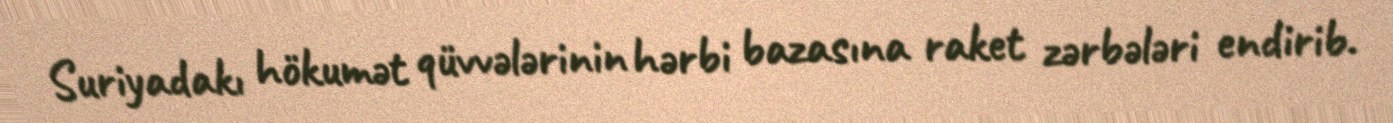
Suriyadakı hökumət qüvvələrinin hərbi bazasına raket zərbələri endirib.